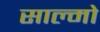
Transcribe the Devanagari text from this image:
साल्मो